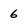
Character: 6